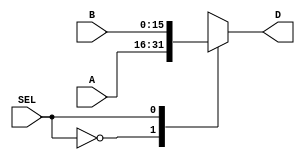
module mux2x1_16b(A,B,SEL,D);
    input [15:0]A,B;
    input [0:0] SEL;

    output reg[15:0] D;

    always @ (A or B or SEL) begin
        case(SEL)
            1'b0: D <= A;
            1'b1: D <= B;
        endcase
    end
endmodule

module mux4x1_16b(A,B,C,D,SEL,E);

    input [15:0] A,B,C,D;
    input [1:0] SEL;
    output reg[15:0] E;

    always @ (A or B or C or D or SEL) begin
        case(SEL)
            2'b00: E <= A;
            2'b01: E <= B;
            2'b10: E <= C;
            2'b11: E <= D;
        endcase
    end

endmodule